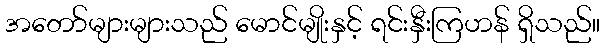
အတော်များများသည် မောင်မျိုးနှင့် ရင်းနှီးကြဟန် ရှိသည်။